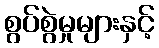
စွပ်စွဲမှုများနှင့်